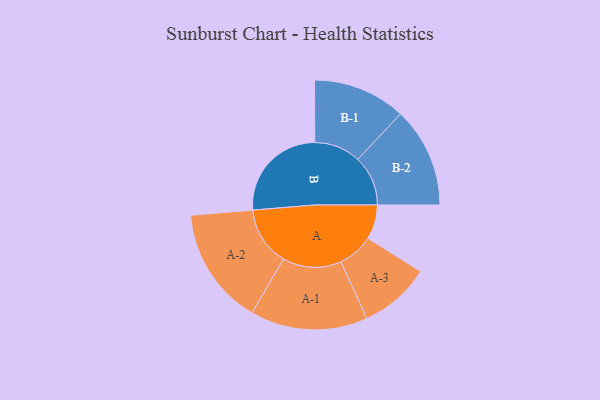
{"axis": {"x": "Segment", "y": "Value"}, "legend": ["", "A", "B"], "data": [{"x": "A", "y": 157, "type": ""}, {"x": "B", "y": 462, "type": ""}, {"x": "A-1", "y": 268, "type": "A"}, {"x": "A-2", "y": 269, "type": "A"}, {"x": "A-3", "y": 163, "type": "A"}, {"x": "B-1", "y": 212, "type": "B"}, {"x": "B-2", "y": 229, "type": "B"}]}